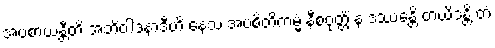
အပစာယန္တီတိ အဘိဝါဒနာဒီဟိ နေသံ အပစိတိကမ္မံ နီစဝုတ္တိံ န ဒဿေန္တိ တယိဒန္တိ တံ